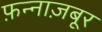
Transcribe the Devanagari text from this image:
फ़न्नाज़बूर